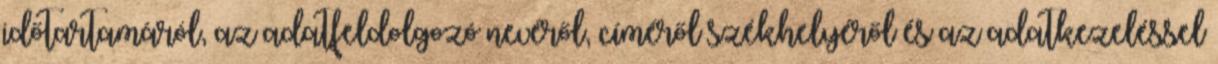
időtartamáról, az adatfeldolgozó nevéről, címéről székhelyéről és az adatkezeléssel